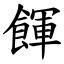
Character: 餫